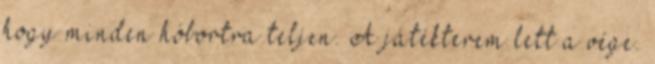
hogy minden hóbortra teljen. A játékterem lett a vége.